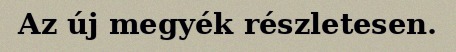
Az új megyék részletesen.